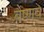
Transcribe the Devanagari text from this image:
बैष्णव